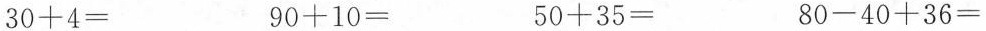
$$3 0 + 4 =$$ $$9 0 + 1 0 =$$ $$5 0 + 3 5 =$$ $$8 0 - 4 0 + 3 6 =$$